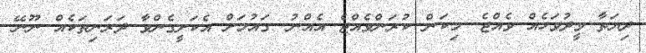
ދިޔަތާ ވީދުވަހެއް ވެއްޖެ. މިކަން ކުރަންވެއްޖެ އެއްނު. ގައުމަށް އެކަށީގެންވާ ދަރަނިތަކެއް ނޫނޭ